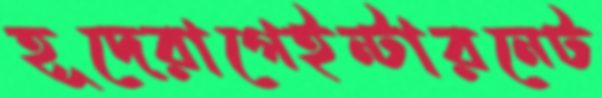
হূদেরাগেইন্টারনেট